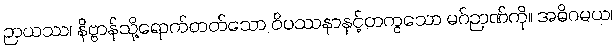
ဉာယဿ၊ နိဗ္ဗာန်သို့ရောက်တတ်သော ဝိပဿနာနှင့်တကွသော မဂ်ဉာဏ်ကို။ အဓိဂမယ၊